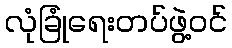
လုံခြုံရေးတပ်ဖွဲ့ဝင်